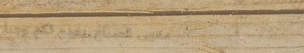
مقهى الصباح يقدم لكم وجبا